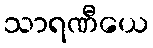
သာရဏီယေ